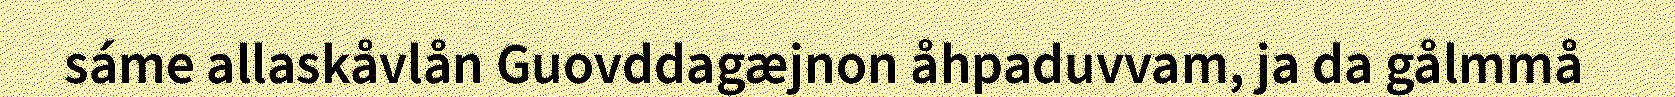
sáme allaskåvlån Guovddagæjnon åhpaduvvam, ja da gålmmå